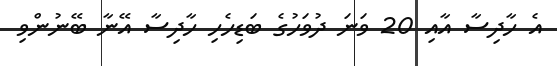
އެ ހާދިސާ އާއި 20 ވަނަ ދުވަހުގެ ބަޑިހެހި ހާދިސާ އޭނާ ބޭނުންވި